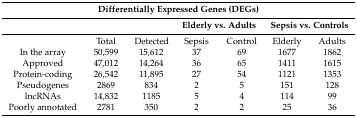
<table><thead><tr><td colspan="7"><b>Differentially Expressed Genes (DEGs)</b></td></tr><tr><td></td><td></td><td></td><td colspan="2"><b>Elderly vs. Adults</b></td><td colspan="2"><b>Sepsis vs. Controls</b></td></tr></thead><tbody><tr><td></td><td>Total</td><td>Detected</td><td>Sepsis</td><td>Control</td><td>Elderly</td><td>Adults</td></tr><tr><td>In the array</td><td>50,599</td><td>15,612</td><td>37</td><td>69</td><td>1677</td><td>1862</td></tr><tr><td>Approved</td><td>47,012</td><td>14,264</td><td>36</td><td>65</td><td>1411</td><td>1615</td></tr><tr><td>Protein-coding</td><td>26,542</td><td>11,895</td><td>27</td><td>54</td><td>1121</td><td>1353</td></tr><tr><td>Pseudogenes</td><td>2869</td><td>834</td><td>2</td><td>5</td><td>151</td><td>128</td></tr><tr><td>lncRNAs</td><td>14,832</td><td>1185</td><td>5</td><td>4</td><td>114</td><td>99</td></tr><tr><td>Poorly annotated</td><td>2781</td><td>350</td><td>2</td><td>2</td><td>25</td><td>36</td></tr></tbody></table>